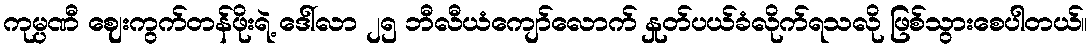
ကုမ္ပဏီ ဈေးကွက်တန်ဖိုးရဲ့ ဒေါ်လာ ၂၅ ဘီလီယံကျော်လောက် နှုတ်ပယ်ခံလိုက်ရသလို ဖြစ်သွားစေပါတယ်။